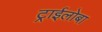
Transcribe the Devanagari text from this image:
ट्राईलोबा